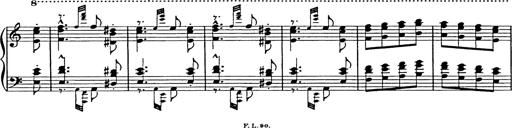
Title: Galop in A minor
Composer: Franz Liszt
Key: A minor